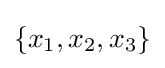
\left\{x_{1},x_{2},x_{3}\right\}